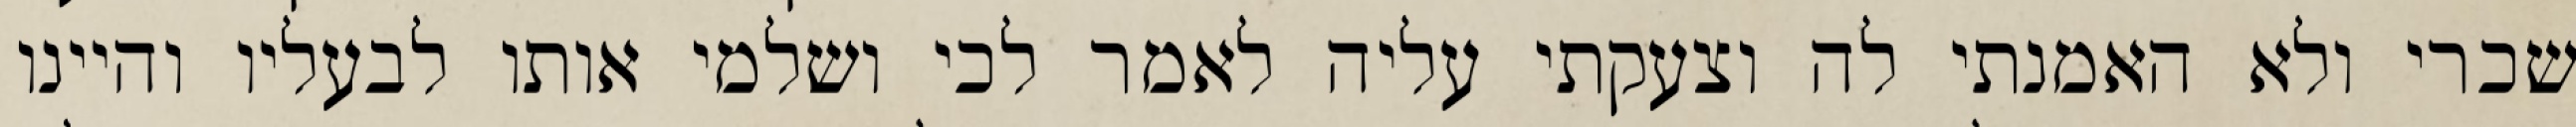
שכרי ולא האמנתי לה וצעקתי עליה לאמר לכי ושלמי אותו לבעליו והיינו